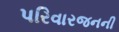
પરિવારજનની